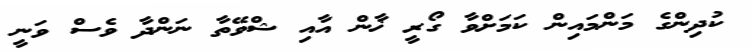
ކުދިންގެ މަންމައިން ކަމަށްވާ ގޯރީ ޚާން އާއި ޝްވޭތާ ނަންދާ ވެސް ވަނީ